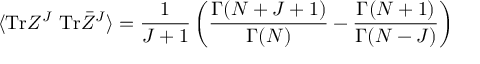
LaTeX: \langle \mathrm { T r } Z ^ { J } ~ \mathrm { T r } \bar { Z } ^ { J } \rangle = \frac { 1 } { J + 1 } \left( \frac { \Gamma ( N + J + 1 ) } { \Gamma ( N ) } - \frac { \Gamma ( N + 1 ) } { \Gamma ( N - J ) } \right)